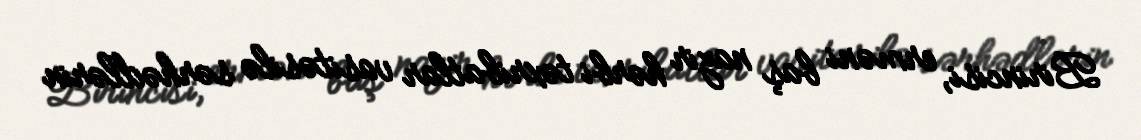
Birincisi, erməni baş nazir hərbi təxribatlar vasitəsilə sərhədlərin